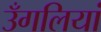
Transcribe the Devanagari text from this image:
उँगलियां